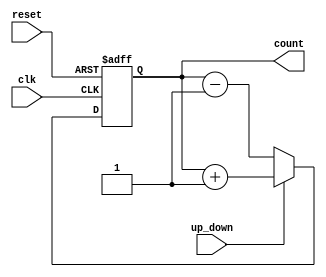
module up_down_counter (
    input wire clk, // Clock signal
    input wire reset, // Asynchronous reset
    input wire up_down, // Control signal to increment or decrement count
    output reg [7:0] count // 8-bit count value
);

always @(posedge clk or posedge reset) begin
    if (reset) begin
        count <= 8'b0; // Reset count to 0
    end else begin
        if (up_down) begin
            count <= count + 1; // Increment count
        end else begin
            count <= count - 1; // Decrement count
        end
    end
end

endmodule